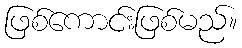
ဖြစ်ကောင်းဖြစ်မည်။